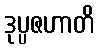
ဒုပ္ပဇဟာတိ